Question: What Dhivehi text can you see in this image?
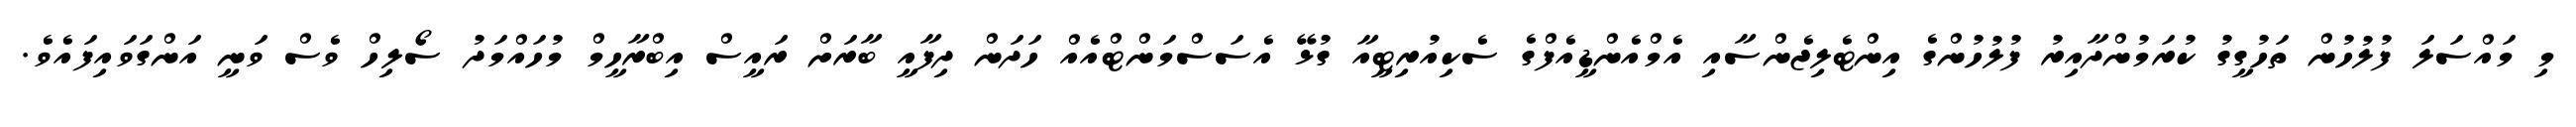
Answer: މި މައްސަލަ ފުލުހުން ތަހުގީގު ކުރަމުންދާއިރު ފުލުހުންގެ އިންޓެލިޖެންސާއި އެމްއެންޑީއެފްގެ ސެކިއުރިޓީއާ ގުޅޭ އެސަސްމަންޓްއެއް ހަދަން ދިފާއީ ބާރަށް ރައީސް އިބްރާހީމް މުހައްމަދު ސޯލިހް ވެސް ވަނީ އަންގަވައިފައެވެ.